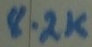
Text: 8.2K